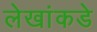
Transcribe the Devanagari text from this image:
लेखांकडे